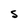
Character: S